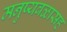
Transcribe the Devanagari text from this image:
मनुष्यबळासह